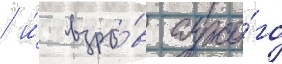
/ и́ взры́в сухо́го